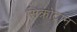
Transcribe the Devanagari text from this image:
सिंक्रोट्रान्